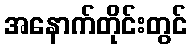
အနောက်တိုင်းတွင်